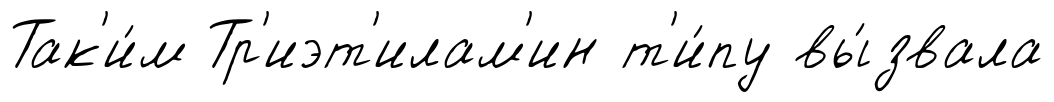
Так'и́м Тр'иэт'илам'ин т'и́пу вы́звала